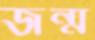
জন্ম